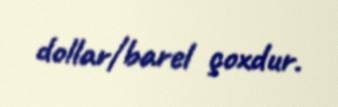
dollar/barel çoxdur.